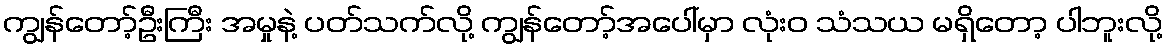
ကျွန်တော့်ဦးကြီး အမှုနဲ့ ပတ်သက်လို့ ကျွန်တော့်အပေါ်မှာ လုံးဝ သံသယ မရှိတော့ ပါဘူးလို့